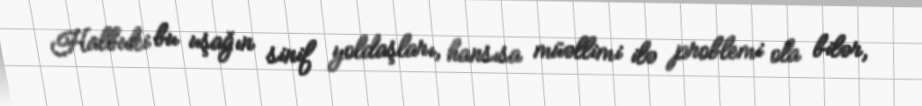
Halbuki bu uşağın sinif yoldaşları, hansısa müəllimi ilə problemi ola bilər,